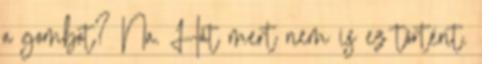
a gombot? Na. Hát mert nem is ez történt.